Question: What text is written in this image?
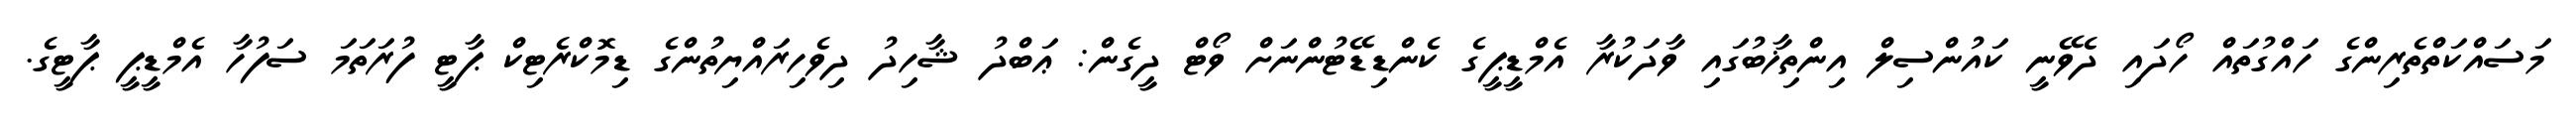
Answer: މަސައްކަތްތެރިންގެ ހައްގުތައް ހޯދައި ދެވޭނީ ކައުންސިލް އިންތިޚާބުގައި ވާދަކުރާ އެމްޑީޕީގެ ކެންޑިޑޭޓުންނަށް ވޯޓް ދީގެން: ޢަބްދު ޝާހިދު ދިވެހިރައްޔިތުންގެ ޑިމޮކްރެޓިކް ޕާޓީ ފުރަތަމަ ސަފުހާ އެމްޑީޕީ ޕާޓީގެ.